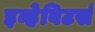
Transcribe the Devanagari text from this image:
इन्हेबिटर्स